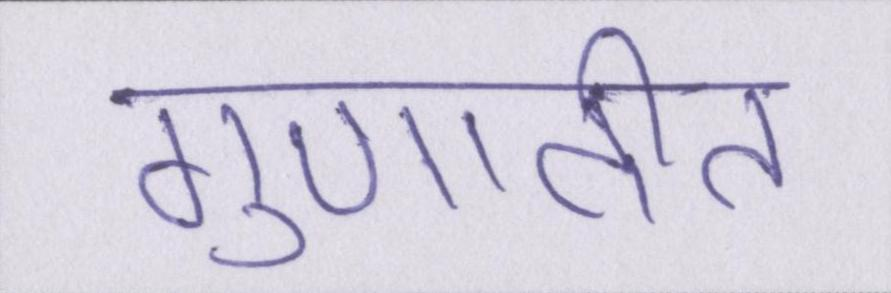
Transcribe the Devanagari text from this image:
गुणातीत